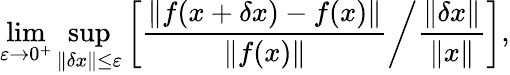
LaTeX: \operatorname*{lim}_{\varepsilon\to 0^{+}}\operatorname*{sup}_{\| \delta x\| \leq\varepsilon}\left[\left.{\frac{\left\| f(x+\delta x)-f(x)\right\| }{\| f(x)\| }}\right/{\frac{\| \delta x\| }{\| x\| }}\right],